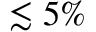
\lesssim 5 \%